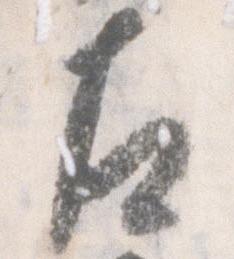
左